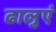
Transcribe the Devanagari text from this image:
ढालुएं